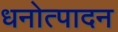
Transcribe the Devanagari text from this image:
धनोत्पादन